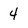
Character: 4